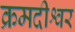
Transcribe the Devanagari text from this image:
क्रमदीश्वर